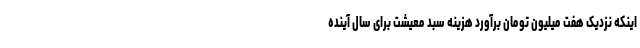
اینکه نزدیک هفت میلیون تومان برآورد هزینه سبد معیشت برای سال آینده